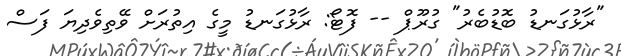
"ރާޅުގަނޑު ބޮޑުބެރު" ގުރޫޕް -- ފޮޓޯ: ރާޅުގަނޑު މީގެ އިތުރަށް ވޭތިވެދިޔަ ފަސް